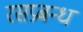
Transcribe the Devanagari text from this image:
रसप्रबन्ध